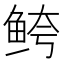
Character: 𱇦